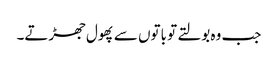
جب وہ بولتے تو باتوں سے پھول جھڑتے۔